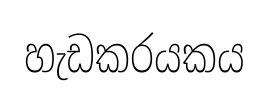
හැඩකරයකය